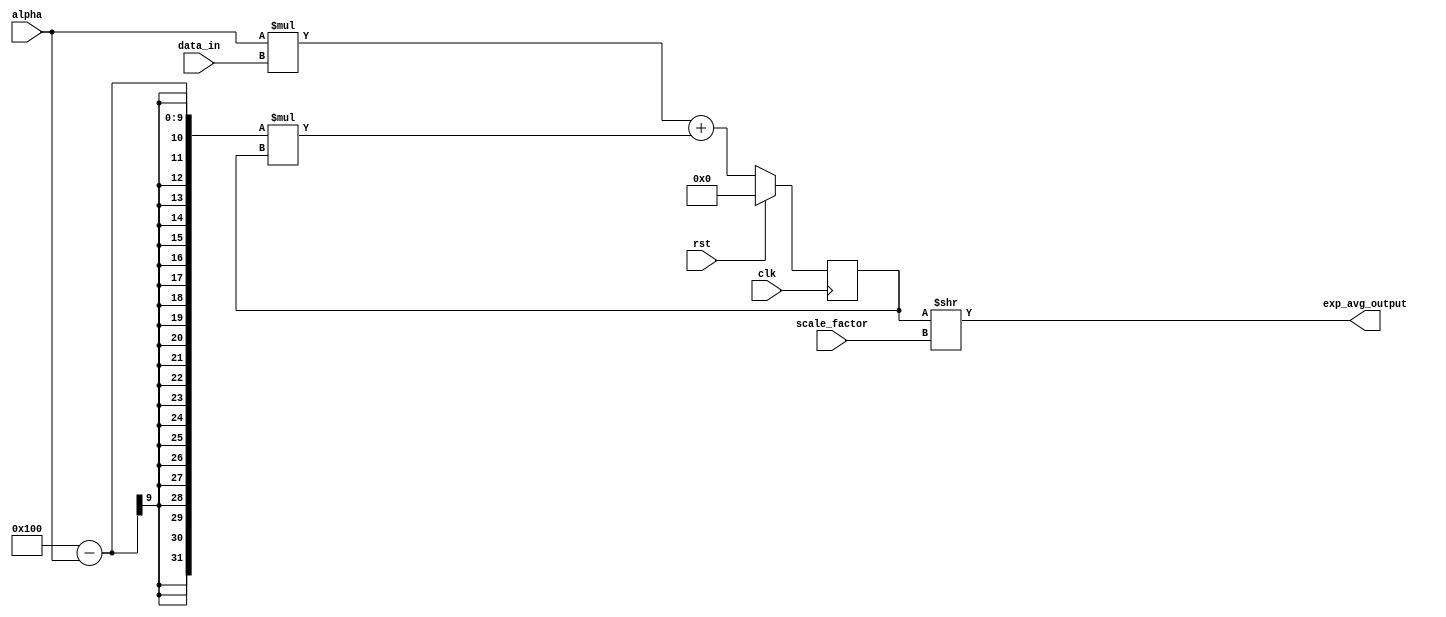
module exp_avg_accumulator (
    input wire clk,
    input wire rst,
    input wire [7:0] alpha,
    input wire [15:0] data_in,
    input wire [7:0] scale_factor,
    output reg [15:0] exp_avg_output
);

reg [15:0] sum;

always @(posedge clk) begin
    if (rst) begin
        sum <= 0;
    end else begin
        sum <= alpha * data_in + (256 - alpha) * sum;
    end
end

assign exp_avg_output = sum >> scale_factor;

endmodule